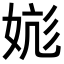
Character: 𪥹